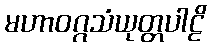
မဟာဝဂ္ဂသံယုတ္တပါဠိ